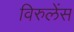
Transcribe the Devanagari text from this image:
विरुलेंस